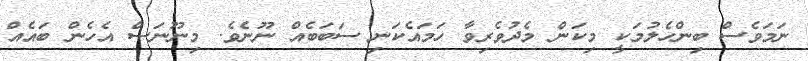
ނަމަވެސް ބިންހެލުމަކީ މިކަން މެދުވެރިވާ ހަމައެކަނި ސަބަބެއް ނޫނެވެ. މިނޫނަސް އެހެން ބައެއް